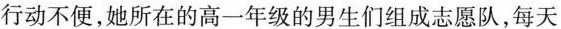
行动不便，她所在的高一年级的男生们组成志愿队，每天